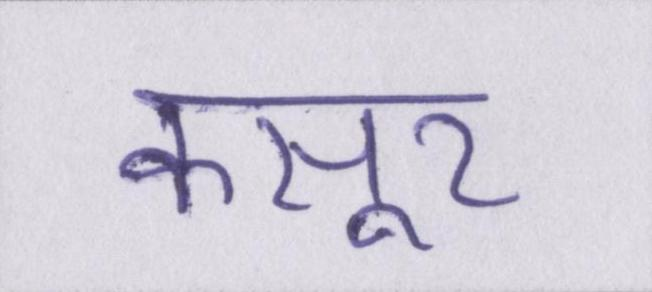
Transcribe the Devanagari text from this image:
कसूर